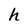
Character: h